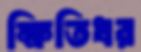
ক্ষিতিধর